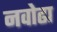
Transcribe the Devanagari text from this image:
नवोढा